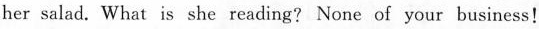
her salad. What is she reading? None of your business!